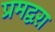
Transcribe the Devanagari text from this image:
प्रमद्वरा